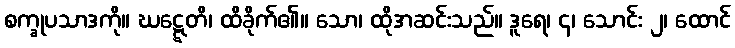
စက္ခုပသာဒကို။ ဃဋ္ဋေတိ၊ ထိခိုက်၏။ သော၊ ထိုအဆင်းသည်။ ဒူရေ၊ ၄၊ သောင်း ၂၊ ထောင်